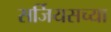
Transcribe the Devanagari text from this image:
सर्जियसच्या